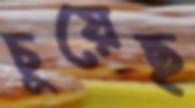
চুয়েছ